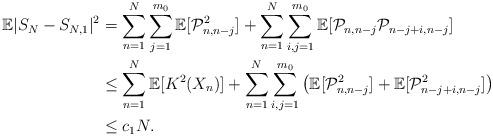
LaTeX: \begin{align*}\mathbb{E}|S_N-S_{N,1}|^2&=\sum^N_{n=1}\sum^{m_0}_{j=1}\mathbb{E}[\mathcal{P}_{n,n-j}^2]+\sum^N_{n=1}\sum^{m_0}_{i,j=1}\mathbb{E}[\mathcal{P}_{n,n-j}\mathcal{P}_{n-j+i,n-j}]\\&\leq \sum^N_{n=1}\mathbb{E}[K^2(X_n)]+\sum^N_{n=1}\sum^{m_0}_{i,j=1}\left(\mathbb{E}[\mathcal{P}^2_{n,n-j}]+\mathbb{E}[\mathcal{P}^2_{n-j+i,n-j}]\right)\\&\leq c_1 N.\end{align*}